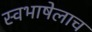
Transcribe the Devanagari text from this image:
स्वभाषेलाच